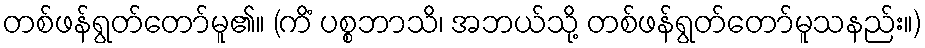
တစ်ဖန်ရွတ်တော်မူ၏။ (ကိံ ပစ္စဘာသိ၊ အဘယ်သို့ တစ်ဖန်ရွတ်တော်မူသနည်း။)